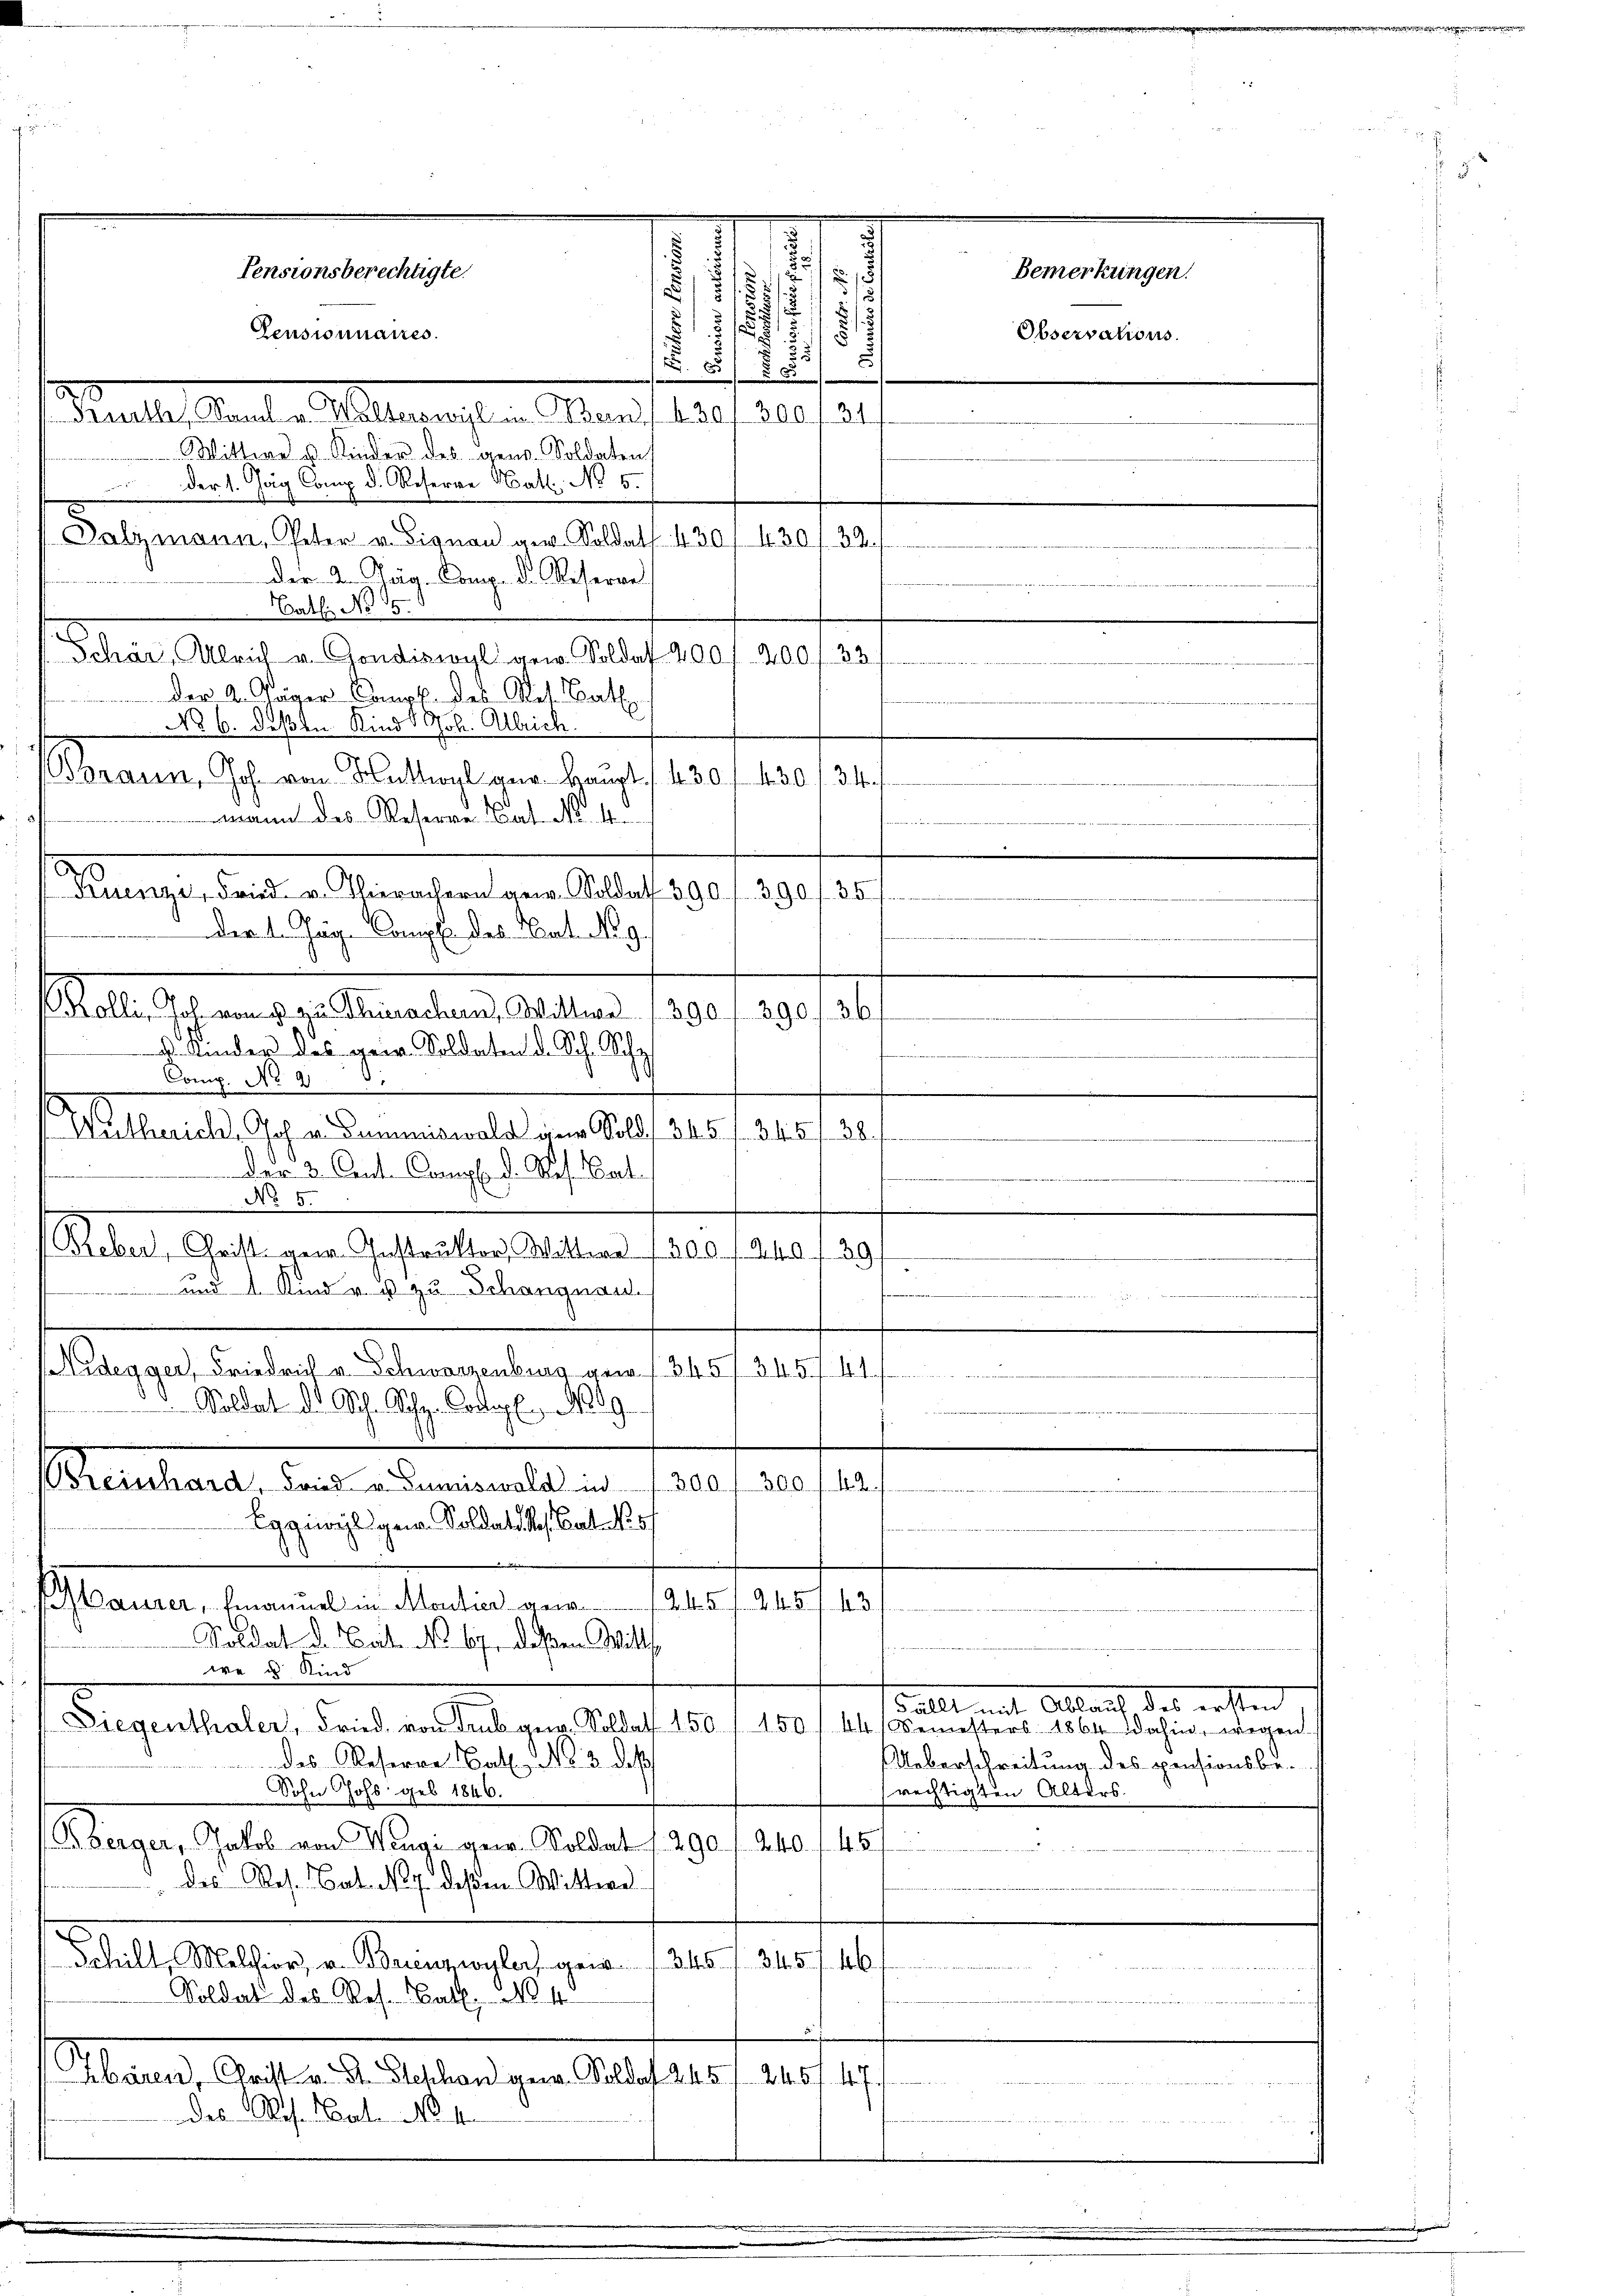
Pensionnaires.
1
17
2.
s

55
Males anden Malermeisten Stern auf 30 1
Wittwe u. Kinder des gen. Soldaten
 Der 1. Jag Comp. d. Reserre Math. No 5.
Dalzmann, Peter u. Signau ver Soldat 430, 430 f. 33.
der 2. Jäg. Comp. d. Referne
Bath: No 15.
Schär, Ulrich v. Gondiswyl gew. Soldat 2001. 200 f. 33
Der 2. Jäger Comp. des Res. Bat
No 6. deßen Kind Joh. Alleich.
praun, Joh. von Sattler Haupt. 1430 f 430 f 34
mann des Reserve Cat. No. 4.
a
Fuenze, Fried v. Thierachern gew. Soldat 390 f. 390 f. 35
der 1. Jäg. Campf des Cat. No. 9.
Kolli, Joh. von 3 zu Thurachern, Wittwe 1390 f 390
d. Kinder des geir. Soldaten d. Sch. Sche
Comp. No 2
I
s
Nutherich, Joh. v. Summiswald an Sold 345 f. 345
Der 3. Ant. Comp. d. Res. Cat
No 50
Reber, Chritt gew. Instrukter, Wittwe 1300 f 240 f 29
und 1 Kinde u zu Schöngnau.
f

idegger, Friedrich v. Schwarzenburg vom 1. 345/ 345 f. 41.
Soldat d. Sch. Schen Contagen No 29
.
einhard, Fried u. Zumiswald in 300 f 300 f 42
Eggiwyl gern. Soldate s. Cat. N. 57
 . . . . .
aurer, Emanuel in Montier gew
Soldat d. Bat. No. 67. deßen Mitth
we u. Kind
allt mit Ablauf des ersten
Diegenthaler, Fried. von des gew. Soldat 150 (150/44 Semesters 1864
das Reserve Nat. No. 3. daß
UUeberschreitung des pensionsbe-
Sohn Johs. geb. 1846.
rechtigten Alters.
Oberger, Jakob von Wengi gew. Soldat f. 290 f. 240 f 45
des Res. Bat. No. 7. deßen Wittwe
Schilt, Melchior, v. Brienzwuler, 345 f. 345 f. 46 f
Soldat des Ros. Bat. No. 4
.
Abären, Christ v. J. Geschon gen. Soldat 245 f. 245 f. 47
a
Das Res. Bat. No. 4.

Pensionsberechtigte.

51
§.1
8
s
1
d
1
7/
2
15 f

e

Bemerkungen.

Observations.

s
d
777. 17
.
e

dahin, wegen